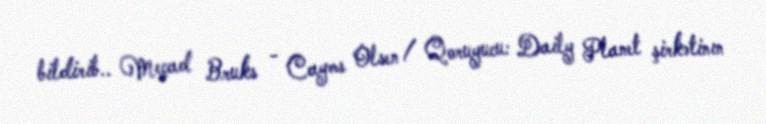
bildirib.. Meçad Bruks - Cayms Olsen / Qoruyucu: Daily Planet şirkətinın